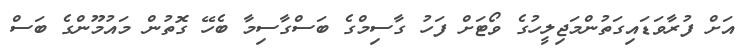
އަށް ފުރާވަޑައިގަތުންމަޖިލީހުގެ ވޯޓަށް ފަހު ގާސިމްގެ ބަސްގާސިމާ ބެހޭ ގޮތުން މައުމޫންގެ ބަސް